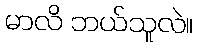
မာလိ ဘယ်သူလဲ။